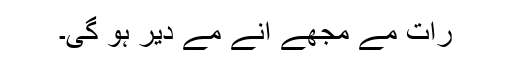
رات مے مُجھے اَنے مے دیر ہو گیِ۔